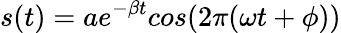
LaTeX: s(t)=ae^{-\beta t}cos(2\pi(\omega t+\phi))